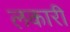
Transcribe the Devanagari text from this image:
लकारी